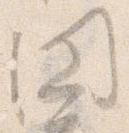
円